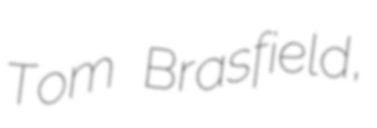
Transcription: Tom Brasfield,